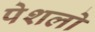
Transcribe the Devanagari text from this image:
पेशलो